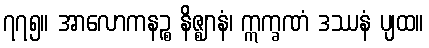
၇၇၅။ အာလောကနဉ္စ နိဇ္ဈာနံ၊ ဣက္ခဏံ ဒဿနံ ပျထ။